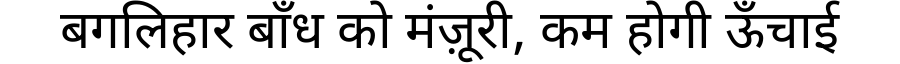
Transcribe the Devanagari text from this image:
बगलिहार बाँध को मंज़ूरी, कम होगी ऊँचाई